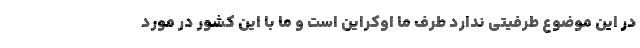
در این موضوع طرفیتی ندارد طرف ما اوکراین است و ما با این کشور در مورد